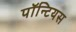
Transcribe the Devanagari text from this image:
पॉन्टियस